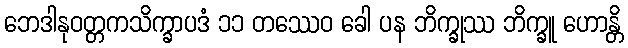
ဘေဒါနုဝတ္တကသိက္ခာပဒံ ၁၁ တဿေဝ ခေါ ပန ဘိက္ခုဿ ဘိက္ခူ ဟောန္တိ